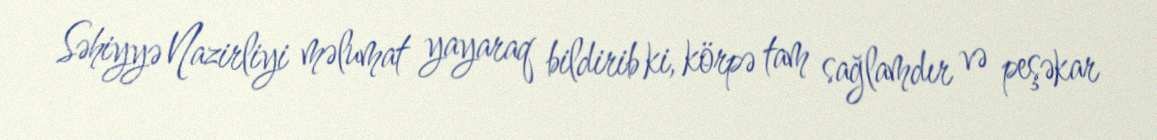
Səhiyyə Nazirliyi məlumat yayaraq bildirib ki, körpə tam sağlamdır və peşəkar